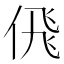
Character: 𬾘